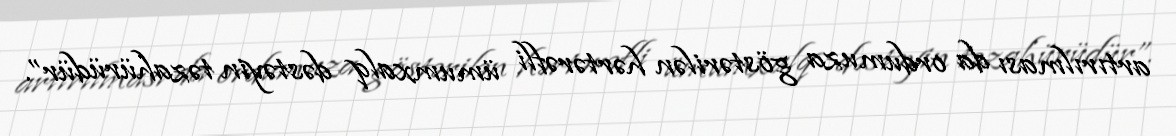
artırılması da ordumuza göstərilən hərtərəfli ümumxalq dəstəyin təzahürüdür”.